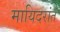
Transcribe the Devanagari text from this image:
मायिदरांत